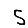
Digit: 5